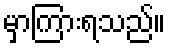
မှာကြားရသည်။